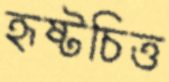
হৃষ্টচিত্ত